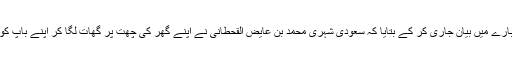
جبکہ وزارت داخلہ نے ایک اور کیس کے بارے میں بیان جاری کر کے بتایا کہ سعودی شہری محمد بن عایض القحطانی نے اپنے گھر کی چھت پر گھات لگا کر اپنے باپ کو پستول سے فائرنگ کر کے قتل کر دیا تھا۔